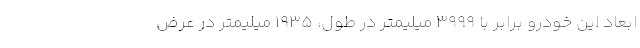
ابعاد این خودرو برابر با 3999 میلیمتر در طول، 1935 میلیمتر در عرض